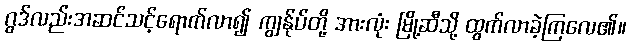
ဂွဒ်လည်းအဆင်သင့်ရောက်လာ၍ ကျွန်ုပ်တို့ အားလုံး မြို့ဆီသို့ ထွက်လာခဲ့ကြလေ၏။